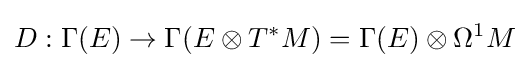
D:\Gamma (E)\rightarrow \Gamma (E\otimes T^{*}M)=\Gamma (E)\otimes \Omega ^{1}M